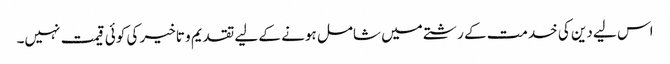
اس لیے دین کی خدمت کے رشتے میں شامل ہونے کے لیے تقدیم و تاخیر کی کوئی قیمت نہیں۔